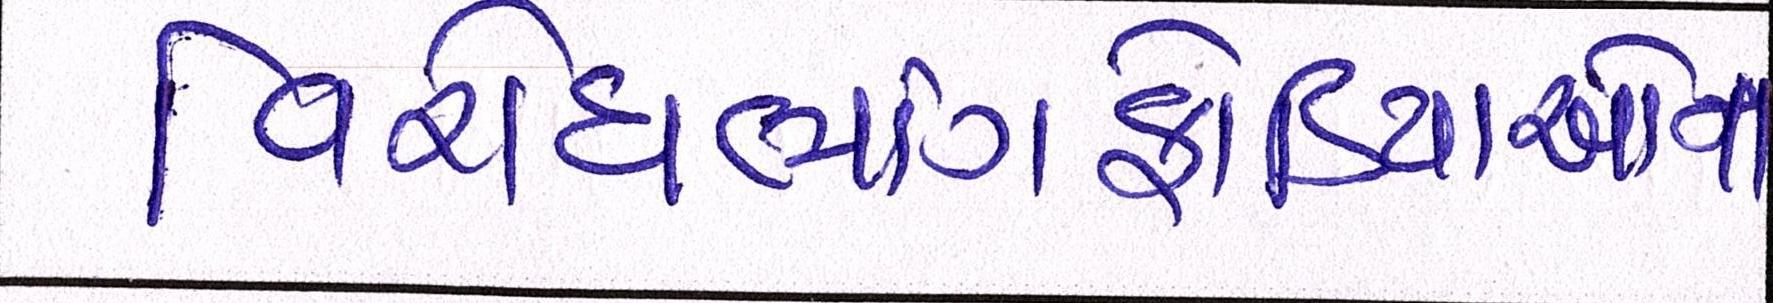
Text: વિરોધભાંગફોડિયાઓને